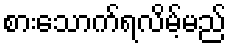
စားသောက်ရလိမ့်မည်